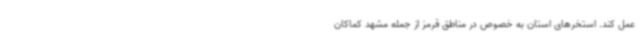
عمل کند. استخرهای استان به خصوص در مناطق قرمز از جمله مشهد کماکان